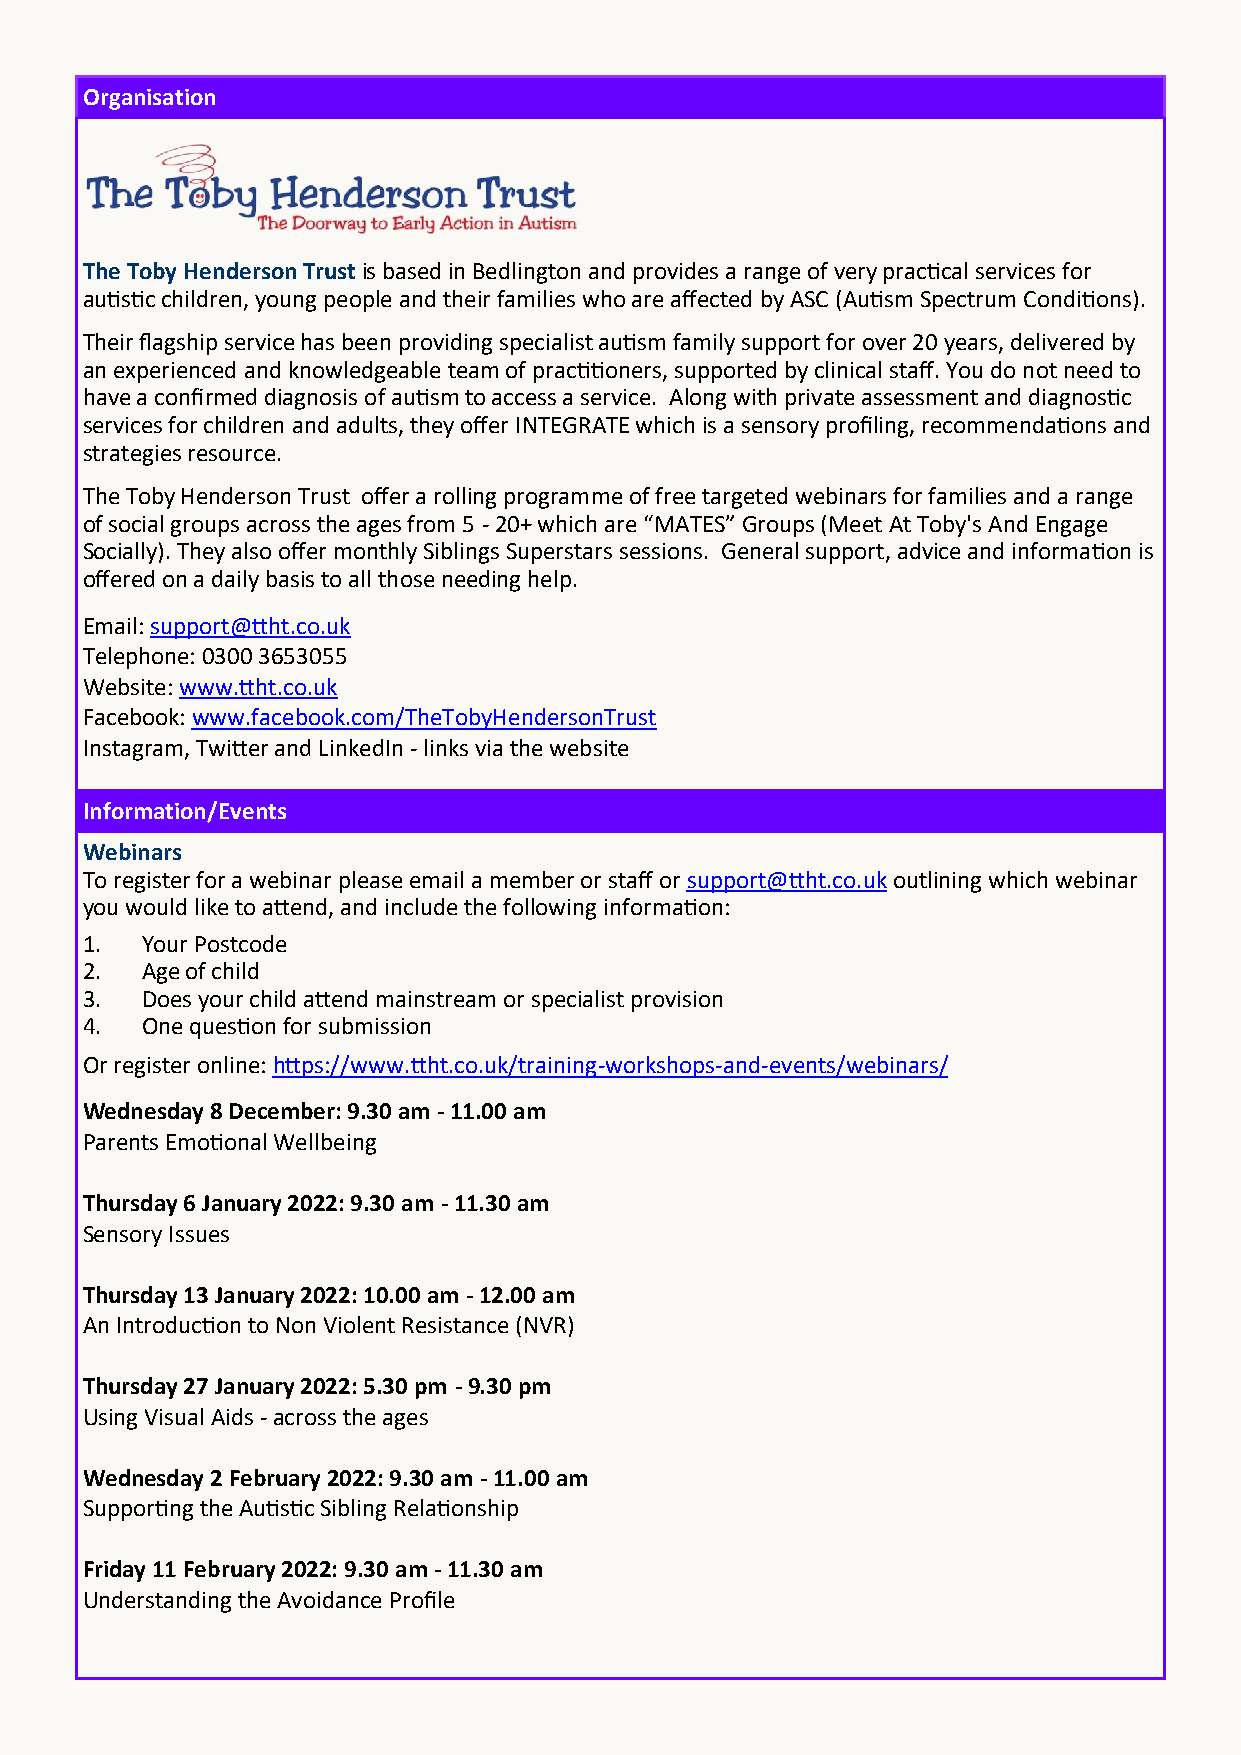
Organisation
 The Toby Henderson Trust is based in Bedlington and provides a range of very practical services for
 autistic children, young people and their families who are affected by ASC (Autism Spectrum Conditions).
 Their flagship service has been providing specialist autism family support for over 20 years, delivered by
 an experienced and knowledgeable team of practitioners, supported by clinical staff. You do not need to
 have a confirmed diagnosis of autism to access a service. Along with private assessment and diagnostic
 services for children and adults, they offer INTEGRATE which is a sensory profiling, recommendations and
 strategies resource.
 The Toby Henderson Trust offer a rolling programme of free targeted webinars for families and a range
 of social groups across the ages from 5 - 20+ which are “MATES” Groups (Meet At Toby's And Engage
 Socially). They also offer monthly Siblings Superstars sessions. General support, advice and information is
 offered on a daily basis to all those needing help.
 Email: support@ttht.co.uk
 Telephone: 0300 3653055
 Website: www.ttht.co.uk
 Facebook: www.facebook.com/TheTobyHendersonTrust
 Instagram, Twitter and LinkedIn - links via the website
 Information/Events
 Webinars
 To register for a webinar please email a member or staff or support@ttht.co.uk outlining which webinar
 you would like to attend, and include the following information:
 1.  Your Postcode
 2.  Age of child
 3.  Does your child attend mainstream or specialist provision
 4.  One question for submission
 Or register online: https://www.ttht.co.uk/training-workshops-and-events/webinars/
 Wednesday 8 December: 9.30 am - 11.00 am
 Parents Emotional Wellbeing
 Thursday 6 January 2022: 9.30 am - 11.30 am
 Sensory Issues
 Thursday 13 January 2022: 10.00 am - 12.00 am
 An Introduction to Non Violent Resistance (NVR)
 Thursday 27 January 2022: 5.30 pm - 9.30 pm
 Using Visual Aids - across the ages
 Wednesday 2 February 2022: 9.30 am - 11.00 am
 Supporting the Autistic Sibling Relationship
 Friday 11 February 2022: 9.30 am - 11.30 am
 Understanding the Avoidance Profile